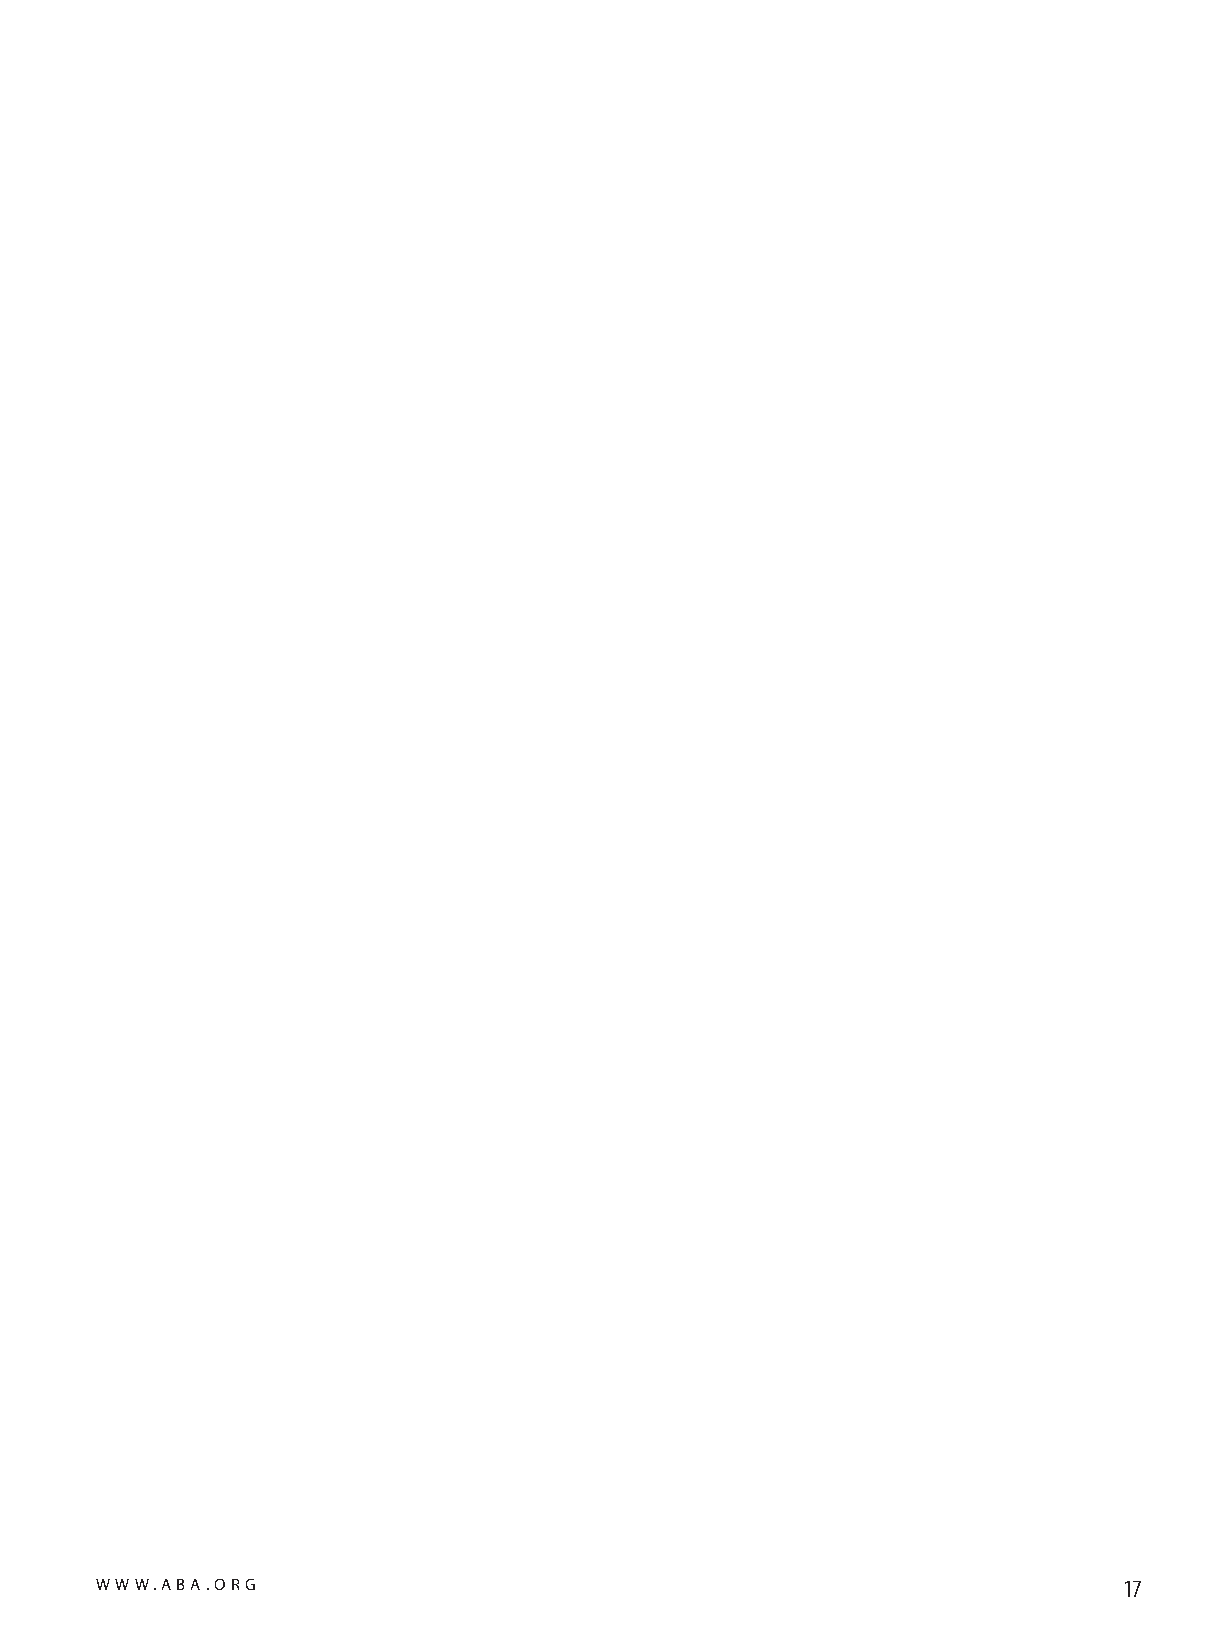
WWW.ABA.ORG                                                         17